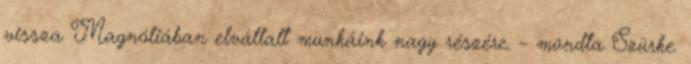
vissza Magnóliában elvállalt munkáink nagy részére. – mondta Szürke.